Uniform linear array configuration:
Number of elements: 12
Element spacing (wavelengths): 0.25
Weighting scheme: exponential
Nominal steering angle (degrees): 30
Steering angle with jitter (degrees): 29.873
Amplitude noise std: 0.05
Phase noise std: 0.05

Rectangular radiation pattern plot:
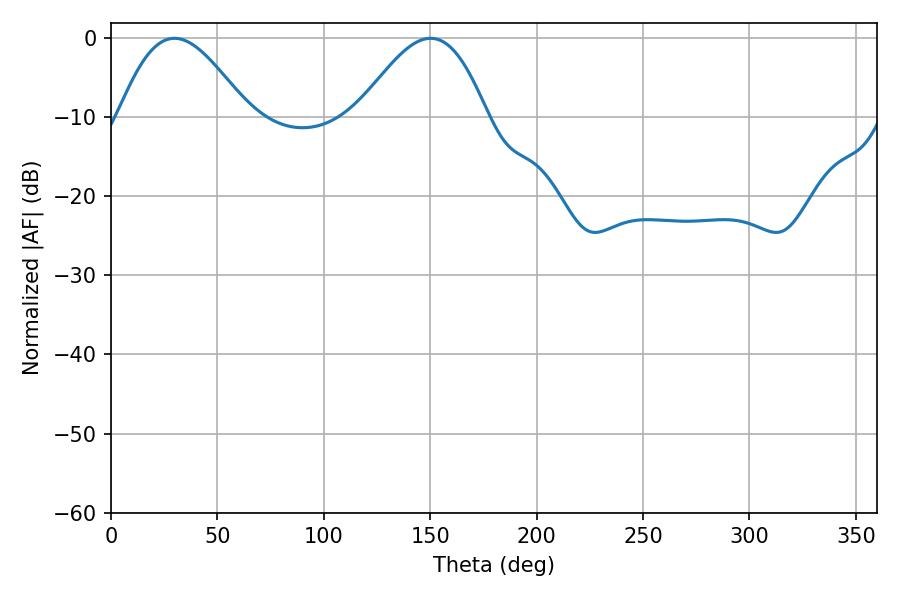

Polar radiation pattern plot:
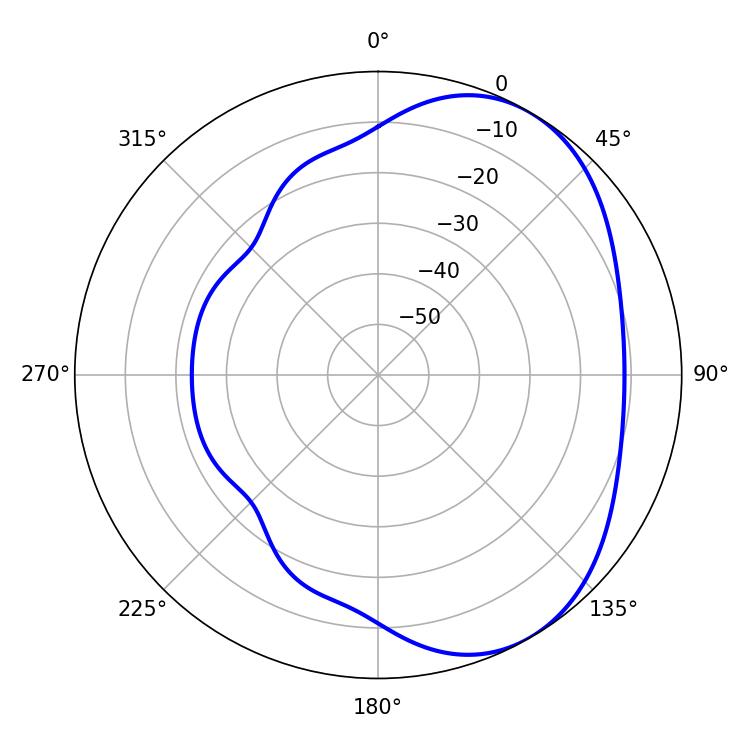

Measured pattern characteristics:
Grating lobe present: FALSE
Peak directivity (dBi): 4.571
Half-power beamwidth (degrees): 32.58
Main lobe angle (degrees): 29.88